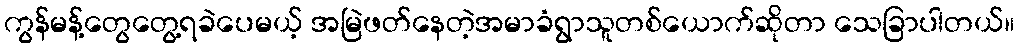
ကွန်မန့်တွေတွေ့ရခဲပေမယ့် အမြဲဖတ်နေတဲ့အမာခံရွာသူတစ်ယောက်ဆိုတာ သေခြာပါတယ်။